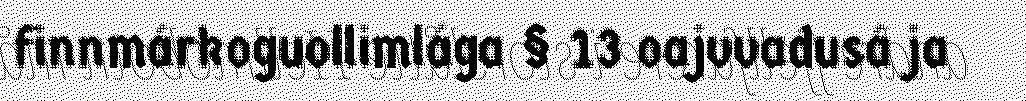
finnmárkoguollimlága § 13 oajvvadusá ja